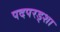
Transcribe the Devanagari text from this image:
पदपरड्शा